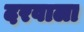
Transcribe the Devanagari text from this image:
दरवाला